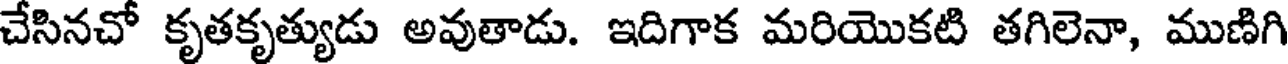
చేసినచో కృతకృత్యుడు అవుతాడు. ఇదిగాక మరియొకటి తగిలెనా, ముణిగి